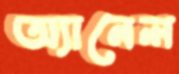
অ্যানেল